Insane asylums in Bengal annual reports 1876-1887 - 1876-1887
Year: 1876
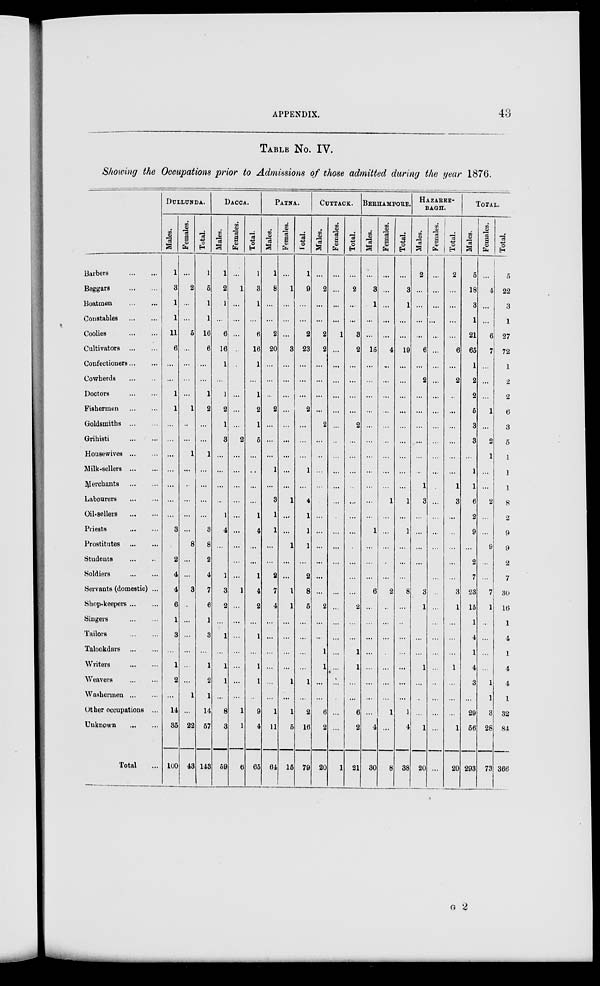
APPENDIX.
43
TABLE NO. IV.
Showing the Occupations prior to Admissions of those admitted during the year 1876.
Barbers ... ...
Beggars ... ...
Boatmen
...
...
Constables
...
...
Coolies
...
...
Cultivators
...
...
Confectioners ... ...
Cowherds
...
...
Doctors
...
...
Fishermen
...
...
Goldsmiths
...
...
Grihisti
...
...
Housewives
...
...
Milk-sellers
...
...
Merchants
...
...
Labourers
...
...
Oil-sellers
...
...
Priests ... ...
Prostitutes ... ...
Students
...
...
Soldiers
...
...
Servants (domestic) ...
Shop-keepers ... ...
Singers
...
...
Tailors
...
...
Talookdars
...
...
Writers
...
...
Weavers ... ...
Washermen ... ...
Other occupations ...
Unknown
...
...
Total ...
DULLUNDA.
Males.
1
3
1
1
11
6
...
...
1
1
...
...
...
...
...
...
...
3
...
2
4
4
6
1
3
...
1
2
...
14
35
100
Females.
...
2
...
...
5
...
...
...
...
1
...
...
1
...
...
...
...
...
8
...
...
3
...
...
...
...
...
...
1
...
22
43
Total.
1
5
1
1
16
6
...
...
1
2
...
...
1
...
...
...
...
3
8
2
4
7
6
1
3
...
1
2
1
14
57
143
DACCA.
Males.
1
2
1
...
6
16
1
...
1
2
1
3
...
...
...
...
1
4
...
1
3
2
...
1
1
1
...
8
3
68
Females.
...
1
...
...
...
...
...
...
...
...
2
...
...
...
...
...
...
...
...
...
1
...
...
...
...
...
...
...
1
1
6
Total.
1
3
1
...
6
16
1
...
1
2
1
5
...
...
...
...
1
4
...
...
1
4
2
...
1
...
1
1
8
4
65
PATSA.
Males.
1
8
...
...
2
20
...
...
...
2
...
...
...
1
...
3
1
1
...
...
2
7
4
...
...
...
...
...
...
1
11
64
Females.
...
1
...
...
...
3
...
...
...
...
...
...
...
...
...
1
...
...
1
...
...
1
1
...
...
...
...
1
...
1
5
15
Total.
1
9
...
...
2
23
...
...
...
2
...
...
...
1
...
4
1
1
1
...
2
8
5
...
...
...
...
1
...
2
16
79
CUTTACK.
Males.
...
2
...
...
2
2
...
...
...
...
2
...
...
...
...
...
...
...
...
...
...
2
...
...
1
1
...
...
6
2
20
Females.
...
...
...
...
1
...
...
...
...
...
...
...
...
...
...
...
...
...
...
...
...
...
...
...
...
...
...
...
...
...
1
Total.
...
2
...
...
3
2
...
...
...
...
2
...
...
...
...
...
...
...
...
...
2
...
1
1
...
6
2
21
BERHAMPORE.
Males.
...
3
1
...
...
15
...
...
...
...
...
...
...
...
...
...
...
1
...
...
...
6
...
...
...
...
...
...
...
4
30
Females.
...
...
...
...
...
4
..
...
...
...
...
...
...
...
...
1
...
...
...
...
...
2
..
...
...
...
...
...
1
...
8
Total.
...
3
1
...
...
19
...
...
...
...
...
...
...
...
1
...
1
...
...
...
8
...
...
...
...
...
...
...
1
4
38
HAZAREE-
BAGH.
Males.
2
...
...
...
...
6
...
2
...
...
...
...
...
1
3
...
...
...
3
1
...
...
1
...
...
...
1
20
Females.
...
...
...
...
...
...
...
...
...
...
...
...
...
...
...
...
...
...
...
...
...
...
...
...
...
...
...
...
...
...
...
...
Total.
2
...
...
...
...
6
...
2
...
...
...
...
...
1
3
...
...
...
3
1
...
...
...
1
...
...
...
1
20
TOTAL.
Males.
5
18
3
1
21
65
1
2
2
5
3
3
...
1
1
6
2
9
...
2
7
23
15
1
4
1
4
3
...
29
56
293
Females.
...
4
...
...
6
7
...
...
...
1
...
2
1
...
...
2
...
9
...
7
1
...
...
...
...
1
1
3
28
73
Total.
5
22
3
1
27
72
1
2
2
6
3
5
1
1
1
8
2
9
9
2
7
30
16
1
4
1
4
4
1
32
84
366
G 2